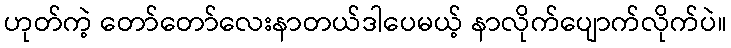
ဟုတ်ကဲ့ တော်တော်လေးနာတယ်ဒါပေမယ့် နာလိုက်ပျောက်လိုက်ပဲ။